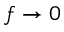
f \to 0